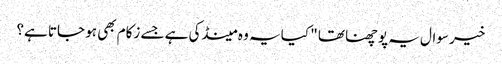
خیر سوال یہ پوچھنا تھا " کیا یہ وہ مینڈکی ہے جسے زکام بھی ہو جاتا ہے؟